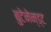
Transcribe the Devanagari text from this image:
बुटेनेन्ड्ट